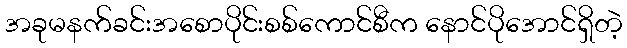
အခုမနက်ခင်းအစောပိုင်းစစ်ကောင်စီက နောင်ပိုအောင်ရှိတဲ့